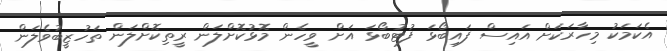
އެކަމަކު މިހާރަކަށް އައިސް ފައިބޯޅަ ފުޓުބޯޅަ އަށް ވީހެން މޮޅުކޮށްލަން ރީތިކޮށްލަން ތަހުޒީބުވެލަން